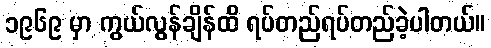
၁၉၆၉ မှာ ကွယ်လွန်ချိန်ထိ ရပ်တည်ရပ်တည်ခဲ့ပါတယ်။